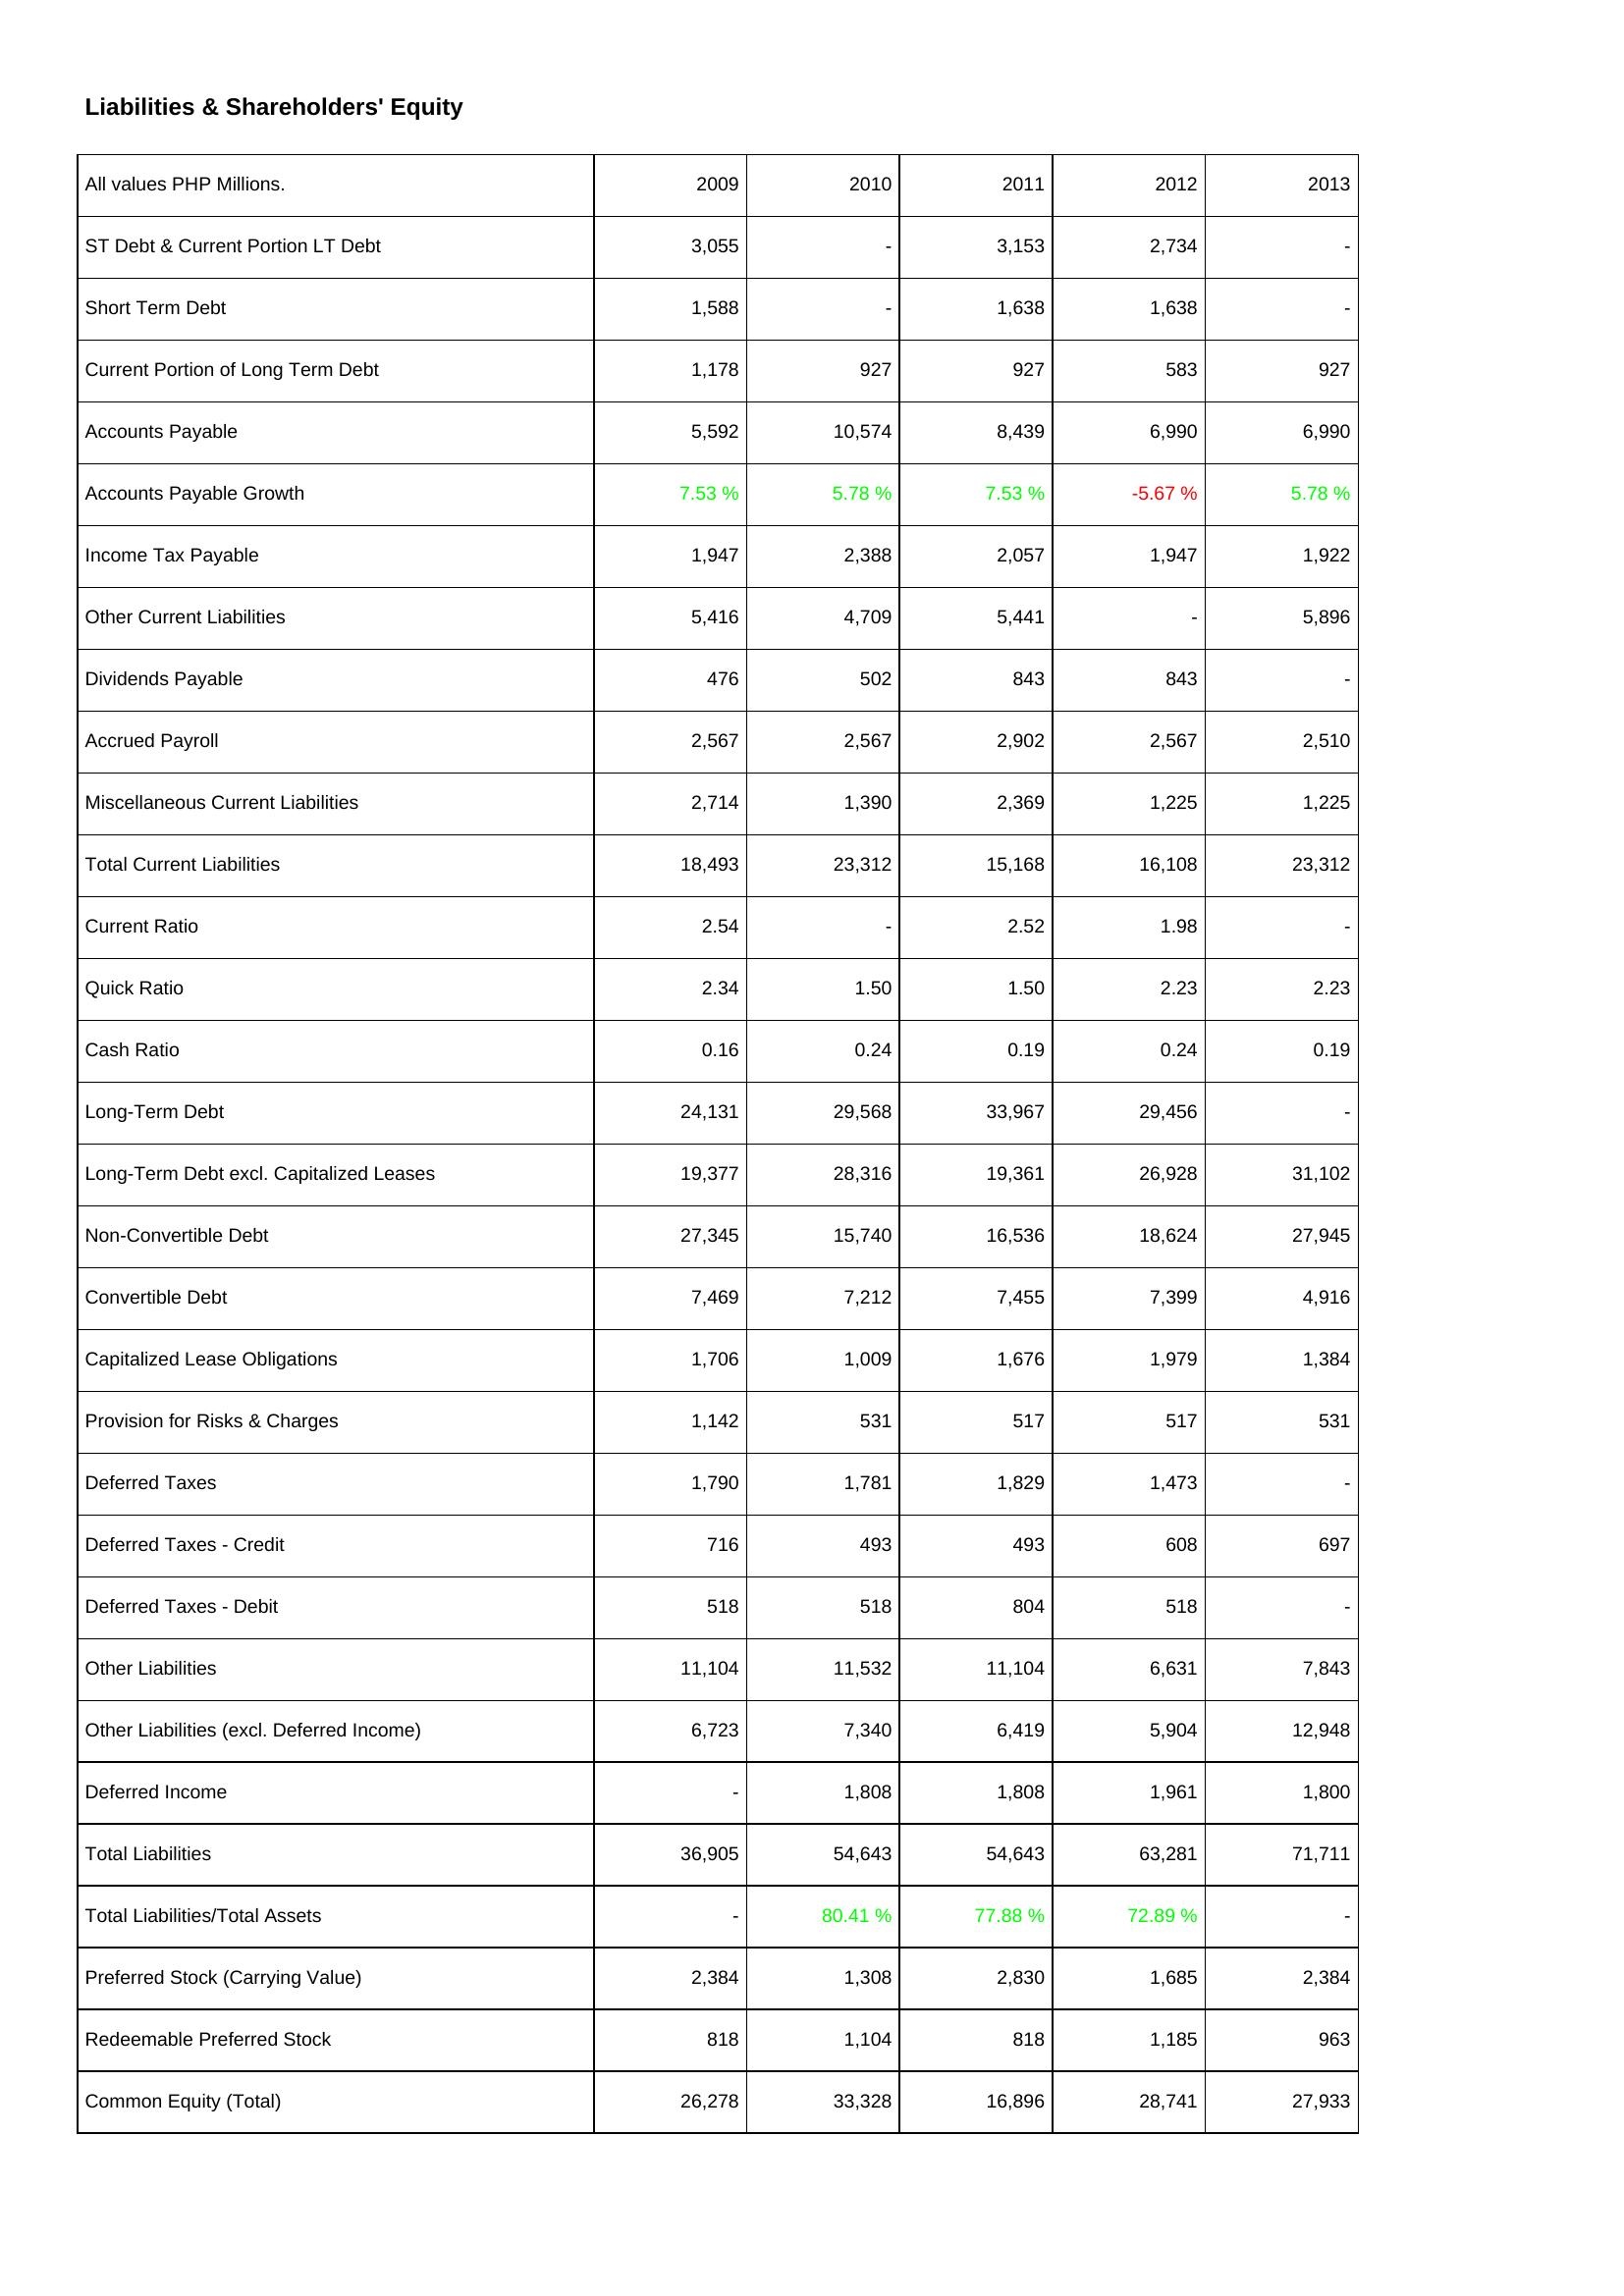
2009: Liabilities & Shareholders' Equity: ST Debt & Current Portion LT Debt: 3,055
Short Term Debt: 1,588
Current Portion of Long Term Debt: 1,178
Accounts Payable: 5,592
Accounts Payable Growth: 7.53 %
Income Tax Payable: 1,947
Other Current Liabilities: 5,416
Dividends Payable: 476
Accrued Payroll: 2,567
Miscellaneous Current Liabilities: 2,714
Total Current Liabilities: 18,493
Current Ratio: 2.54
Quick Ratio: 2.34
Cash Ratio: 0.16
Long-Term Debt: 24,131
Long-Term Debt excl. Capitalized Leases: 19,377
Non-Convertible Debt: 27,345
Convertible Debt: 7,469
Capitalized Lease Obligations: 1,706
Provision for Risks & Charges: 1,142
Deferred Taxes: 1,790
Deferred Taxes - Credit: 716
Deferred Taxes - Debit: 518
Other Liabilities: 11,104
Other Liabilities (excl. Deferred Income): 6,723
Deferred Income: -
Total Liabilities: 36,905
Total Liabilities/Total Assets: -
Preferred Stock (Carrying Value): 2,384
Redeemable Preferred Stock: 818
Common Equity (Total): 26,278
2010: Liabilities & Shareholders' Equity: ST Debt & Current Portion LT Debt: -
Short Term Debt: -
Current Portion of Long Term Debt: 927
Accounts Payable: 10,574
Accounts Payable Growth: 5.78 %
Income Tax Payable: 2,388
Other Current Liabilities: 4,709
Dividends Payable: 502
Accrued Payroll: 2,567
Miscellaneous Current Liabilities: 1,390
Total Current Liabilities: 23,312
Current Ratio: -
Quick Ratio: 1.50
Cash Ratio: 0.24
Long-Term Debt: 29,568
Long-Term Debt excl. Capitalized Leases: 28,316
Non-Convertible Debt: 15,740
Convertible Debt: 7,212
Capitalized Lease Obligations: 1,009
Provision for Risks & Charges: 531
Deferred Taxes: 1,781
Deferred Taxes - Credit: 493
Deferred Taxes - Debit: 518
Other Liabilities: 11,532
Other Liabilities (excl. Deferred Income): 7,340
Deferred Income: 1,808
Total Liabilities: 54,643
Total Liabilities/Total Assets: 80.41 %
Preferred Stock (Carrying Value): 1,308
Redeemable Preferred Stock: 1,104
Common Equity (Total): 33,328
2011: Liabilities & Shareholders' Equity: ST Debt & Current Portion LT Debt: 3,153
Short Term Debt: 1,638
Current Portion of Long Term Debt: 927
Accounts Payable: 8,439
Accounts Payable Growth: 7.53 %
Income Tax Payable: 2,057
Other Current Liabilities: 5,441
Dividends Payable: 843
Accrued Payroll: 2,902
Miscellaneous Current Liabilities: 2,369
Total Current Liabilities: 15,168
Current Ratio: 2.52
Quick Ratio: 1.50
Cash Ratio: 0.19
Long-Term Debt: 33,967
Long-Term Debt excl. Capitalized Leases: 19,361
Non-Convertible Debt: 16,536
Convertible Debt: 7,455
Capitalized Lease Obligations: 1,676
Provision for Risks & Charges: 517
Deferred Taxes: 1,829
Deferred Taxes - Credit: 493
Deferred Taxes - Debit: 804
Other Liabilities: 11,104
Other Liabilities (excl. Deferred Income): 6,419
Deferred Income: 1,808
Total Liabilities: 54,643
Total Liabilities/Total Assets: 77.88 %
Preferred Stock (Carrying Value): 2,830
Redeemable Preferred Stock: 818
Common Equity (Total): 16,896
2012: Liabilities & Shareholders' Equity: ST Debt & Current Portion LT Debt: 2,734
Short Term Debt: 1,638
Current Portion of Long Term Debt: 583
Accounts Payable: 6,990
Accounts Payable Growth: -5.67 %
Income Tax Payable: 1,947
Other Current Liabilities: -
Dividends Payable: 843
Accrued Payroll: 2,567
Miscellaneous Current Liabilities: 1,225
Total Current Liabilities: 16,108
Current Ratio: 1.98
Quick Ratio: 2.23
Cash Ratio: 0.24
Long-Term Debt: 29,456
Long-Term Debt excl. Capitalized Leases: 26,928
Non-Convertible Debt: 18,624
Convertible Debt: 7,399
Capitalized Lease Obligations: 1,979
Provision for Risks & Charges: 517
Deferred Taxes: 1,473
Deferred Taxes - Credit: 608
Deferred Taxes - Debit: 518
Other Liabilities: 6,631
Other Liabilities (excl. Deferred Income): 5,904
Deferred Income: 1,961
Total Liabilities: 63,281
Total Liabilities/Total Assets: 72.89 %
Preferred Stock (Carrying Value): 1,685
Redeemable Preferred Stock: 1,185
Common Equity (Total): 28,741
2013: Liabilities & Shareholders' Equity: ST Debt & Current Portion LT Debt: -
Short Term Debt: -
Current Portion of Long Term Debt: 927
Accounts Payable: 6,990
Accounts Payable Growth: 5.78 %
Income Tax Payable: 1,922
Other Current Liabilities: 5,896
Dividends Payable: -
Accrued Payroll: 2,510
Miscellaneous Current Liabilities: 1,225
Total Current Liabilities: 23,312
Current Ratio: -
Quick Ratio: 2.23
Cash Ratio: 0.19
Long-Term Debt: -
Long-Term Debt excl. Capitalized Leases: 31,102
Non-Convertible Debt: 27,945
Convertible Debt: 4,916
Capitalized Lease Obligations: 1,384
Provision for Risks & Charges: 531
Deferred Taxes: -
Deferred Taxes - Credit: 697
Deferred Taxes - Debit: -
Other Liabilities: 7,843
Other Liabilities (excl. Deferred Income): 12,948
Deferred Income: 1,800
Total Liabilities: 71,711
Total Liabilities/Total Assets: -
Preferred Stock (Carrying Value): 2,384
Redeemable Preferred Stock: 963
Common Equity (Total): 27,933